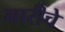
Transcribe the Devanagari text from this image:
नारीचे